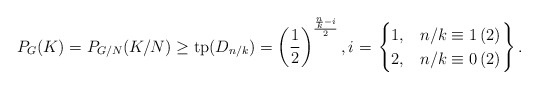
\begin{align*}P_G(K) = P_{G/N}(K/N) \geq \mathrm{tp}(D_{n/k}) = \left(\frac{1}{2}\right)^{\frac{\frac{n}{k}-i}{2}},i = \left.\begin{cases} 1, & n/k \equiv 1\,(2)\\2,& n/k \equiv 0\,(2)\end{cases}\right\}.\end{align*}